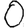
Digit: 0